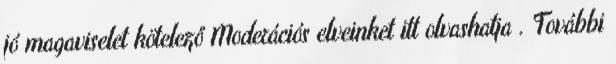
jó magaviselet kötelező Moderációs elveinket itt olvashatja . További